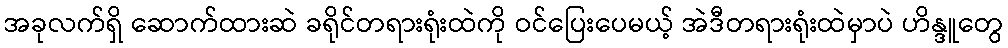
အခုလက်ရှိ ဆောက်ထားဆဲ ခရိုင်တရားရုံးထဲကို ဝင်ပြေးပေမယ့် အဲဒီတရားရုံးထဲမှာပဲ ဟိန္ဒူတွေ